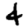
Digit: 4